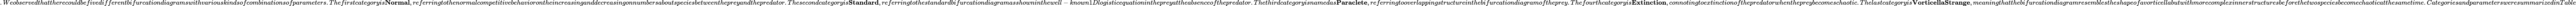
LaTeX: .Weobservedthattherecouldbefivedifferentbifurcationdiagramswithvariouskindsofcombinationsofparameters.Thefirstcategoryis\textbf{Normal},referringtothenormalcompetitivebehaviorontheincreasinganddecreasingonnumbersaboutspeciesbetweenthepreyandthepredator.Thesecondcategoryis\textbf{Standard},referringtothestandardbifurcationdiagramasshowninthewell-known1Dlogisticequationinthepreyattheabsenceofthepredator.Thethirdcategoryisnamedas\textbf{Paraclete},referringtooverlappingstructureinthebifurcationdiagramoftheprey.Thefourthcategoryis\textbf{Extinction},connotingtoextinctionofthepredatorwhenthepreybecomeschaotic.Thelastcategoryis\textbf{VorticellaStrange},meaningthatthebifurcationdiagramresemblestheshapeofavorticellabutwithmorecomplexinnerstructuresbeforethetwospeciesbecomechaoticatthesametime.CategoriesandparametersweresummarizedinTable